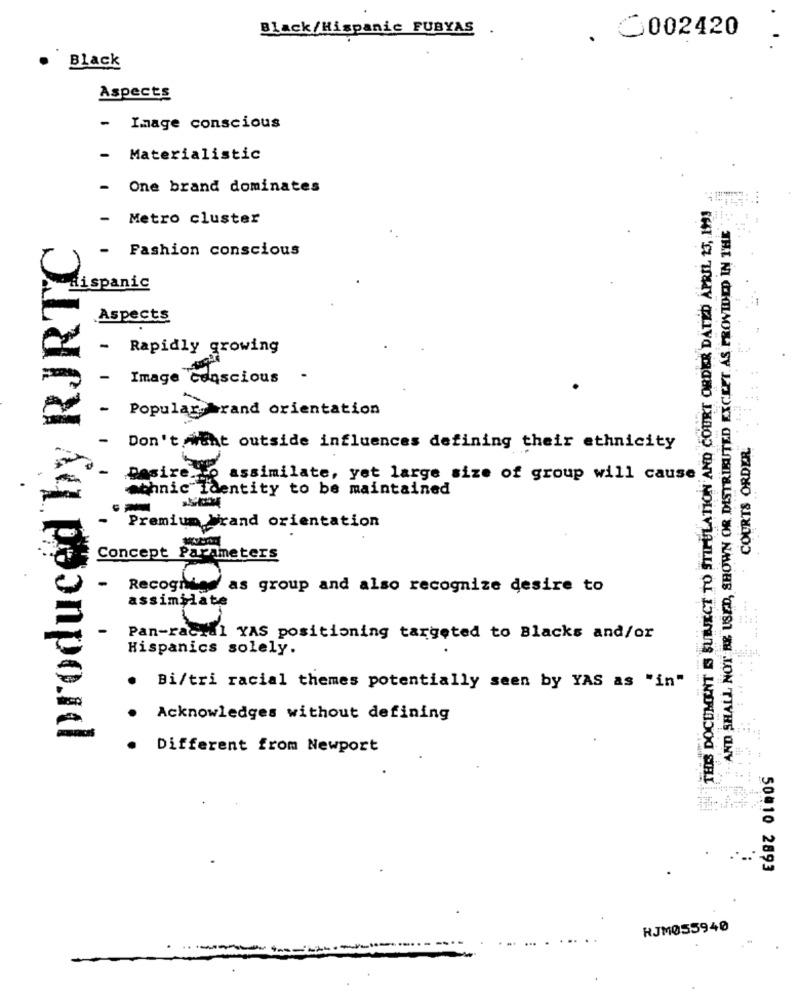
Black/Hispanic FUBYAS .
. 0002420
Black
Aspects
- Image conscious
- Materialistic
One brand dominates
THIS DOCUMENT IS SUINSECT TO STIPULATION AND COURT ORDER DATED APRIL 13, 1993
- Metro cluster
- AND SHALL NOT BE USED, SHOWN OR DISTRIBUTED EXCEPT AS PROVIDED IN THE
produced by RJRTC
- Fashion conscious
Hispanic
Aspects
- Rapidly growing
-
Image Conscious
Popular brand orientation
-
COURTS ORDER
Don't want outside influences defining their ethnicity
Dasire
assimilate, yet large size of group will cause
ethnic Identity to be maintained
Premium Wrand orientation
Concept Parameters
Recognise as group and also recognize desire to
assimilate
Pan-racial YAS positioning targeted to Blacks and/or
Hispanics solely.
Bi/tri racial themes potentially seen by YAS as "in"
Acknowledges without defining
Different from Newport
50010 2893
RJM055940